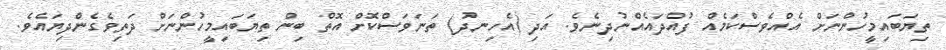
ތިޔަބައިމީހުންނަށް އެއްވެސްކަމެއް ފުއްދައެއްނުދިނެވެ. އަދި (އެހިނދު) ތަނަވަސްކޮށް އޮތް ބިން ތިޔަބައިމީހުންނަށް ދަތިވެގެންދިޔައެވެ.